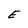
Character: E